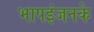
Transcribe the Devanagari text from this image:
भापइंजनके